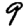
Digit: 9